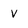
Character: V